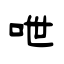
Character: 呭